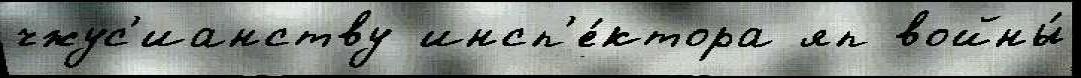
чжус'ианству инсп'е́ктора яп войны́